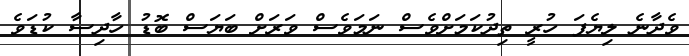
ވެދާނެ ލިޔެފަ ހުރީ ތިދުކަމަށްވެސް ނަމަވެސް ވަރަށް ބަޔަސް ބޮޑު ހާދިސާ ކުޑަވެ